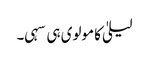
لیلیٰ کا مولوی ہی سہی۔